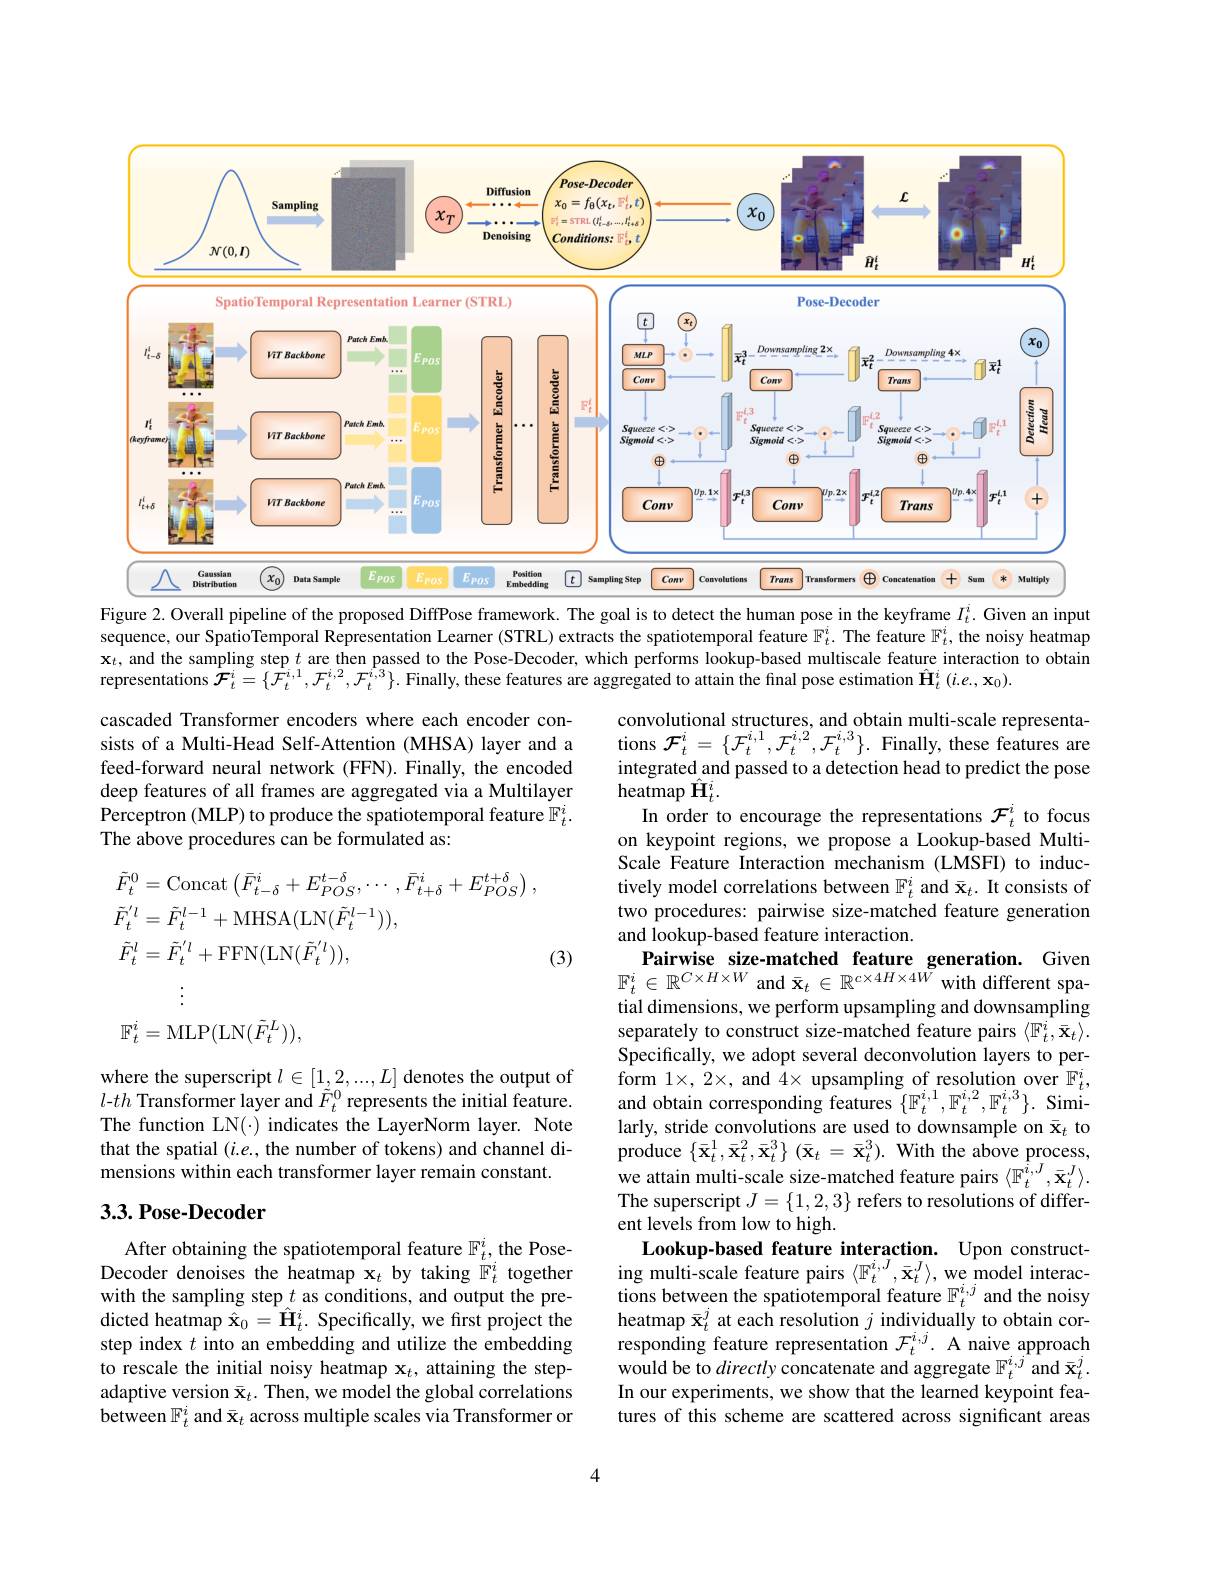
<FigureHere>
Figure 2. Overall pipeline of the proposed DiffPose framework. The goal is to detect the human pose in the keyframe $I_{t}^{i}$. Given an input

sequence, our SpatioTemporal Representation Learner (STRL) extracts the spatiotemporal feature $\mathbb{F}_t^i.$ The feature $\mathbb{F}_t^i$, the noisy heatmap $\mathbf{x}_t$, and the sampling step $t$ are then passed to the Pose-Decoder, which performs lookup-based multiscale feature interaction to obtain representations $\mathcal{F}_t^i=\{\mathcal{F}_t^{i,1},\mathcal{F}_t^{i,2},\mathcal{F}_t^{i,3}\}.$ Finally, these features are aggregated to attain the final pose estimation $\hat{\mathbf{H}}_t^i(i.e.,\mathbf{x}_0).$

cascaded Transformer encoders where each encoder consists of a Multi-Head Self-Attention (MHSA) layer and a feed-forward neural network (FFN). Finally, the encoded deep features of all frames are aggregated via a Multilayer Perceptron (MLP) to produce the spatiotemporal feature $\mathbb{F}_t^i.$ The above procedures can be formulated as:

(3)
$$\begin{aligned}&\tilde{F}_{t}^{0}=\mathrm{Concat}\left(\bar{F}_{t-\delta}^{i}+E_{POS}^{t-\delta},\cdots,\bar{F}_{t+\delta}^{i}+E_{POS}^{t+\delta}\right),\\&\tilde{F}_{t}^{\prime l}=\tilde{F}_{t}^{l-1}+\mathrm{MHSA}(\mathrm{LN}(\tilde{F}_{t}^{l-1})),\\&\tilde{F}_{t}^{l}=\tilde{F}_{t}^{l}+\mathrm{FFN}(\mathrm{LN}(\tilde{F}_{t}^{\prime})),\\&\mathbb{F}_{t}^{i}=\mathrm{MLP}(\mathrm{LN}(\tilde{F}_{t}^{L})),\end{aligned}$$
convolutional structures, and obtain multi-scale representations $\mathcal{F}_t^i=\{\mathcal{F}_t^{i,1},\mathcal{F}_t^{i,2},\mathcal{F}_t^{i,3}\}.$ Finally, these features are integrated and passed to a detection head to predict the pose heatmap $\hat{\mathbf{H}}_t^i.$
In order to encourage the representations $\mathcal{F}_t^i$ to focus on keypoint regions, we propose a Lookup-based MultiScale Feature Interaction mechanism (LMSFI) to inductively model correlations between $\mathbb{F}_t^i$ and $\bar{\mathbf{x}}_t.$ It consists of two procedures: pairwise size-matched feature generation and lookup-based feature interaction.
Pairwise size-matched feature generation. Given $\mathbb{F}_t^i\in\mathbb{R}^{C\times H\times W}$and$\bar\mathbf{x}_t\in\mathbb{R}^{c\times4H\times4W}$with different spatial dimensions, we perform upsampling and downsampling separately to construct size-matched feature pairs $\langle\mathbb{F}_t^i,\bar{\mathbf{x}}_t\rangle.$ Specifically, we adopt several deconvolution layers to perform $1\times,2\times$, and $4\times$ upsampling of resolution over $\mathbb{F}_t^i$, and obtain corresponding features $\{\mathbb{F}_t^{i,1},\mathbb{F}_t^{i,2},\mathbb{F}_t^{i,3}\}.$ Similarly, stride convolutions are used to downsample on $\bar{\mathbf{x}}_t$ to $\dot{\mathrm{produce~}} \{ \bar{\mathbf{x} } _{t}^{1}, \bar{\mathbf{x} } _{t}^{2}, \bar{\mathbf{x} } _{t}^{3}\}$ $( \bar{\mathbf{x} } _{t}= \bar{\mathbf{x} } _{t}^{3}) .$With the above process, we attain multi-scale size-matched feature pairs $\langle\mathbb{F}_t^{\hat{i},J},\bar{\mathbf{x}}_t^J\rangle.$ The superscript $J=\{1,2,3\}$ refers to resolutions of different levels from low to high.
Lookup-based feature interaction. Upon constructing multi-scale feature pairs $\langle\mathbb{F}_t^{i,J},\bar{\mathbf{x}}_t^J\rangle$, we model interactions between the spatiotemporal feature $\mathbb{F}_t^{i,j}$ and the noisy heatmap $\bar{\mathbf{x}}_t^j$ at each resolution $j$ individually to obtain corresponding feature representation $\mathcal{F}_t^{i,j}.$ A naive approach would be to directly concatenate and aggregate $\mathbb{F}_t^{i,j}$and $\bar{\mathbf{x}}_t^j.$ In our experiments, we show that the learned keypoint features of this scheme are scattered across significant areas

where the superscript $l\in[1,2,...,L]$ denotes the output of $l-th$ Transformer layer and $\tilde{F}_{t}^{0}$ represents the initial feature. The function LN(·) indicates the LayerNorm layer. Note that the spatial $(i.e.$,the number of tokens) and channel dimensions within each transformer layer remain constant.

### 3.3. Pose-Decoder

After obtaining the spatiotemporal feature $\mathbb{F}_t^i$, the PoseDecoder denoises the heatmap $\mathbf{x}_t$ by taking $\mathbb{F}_t^i$ together with the sampling step $t$ as conditions, and output the predicted heatmap $\hat{\mathbf{x}}_0=\hat{\mathbf{H}}_t^i.$ Specifically, we first project the step index $t$ into an embedding and utilize the embedding to rescale the initial noisy heatmap $\mathbf{x}_t$, attaining the stepadaptive version $\bar{\mathbf{x}}_t.$ Then, we model the global correlations between $\mathbb{F}_t^i$ and $\bar\mathbf{x}_t$ across multiple scales via Transformer or

4